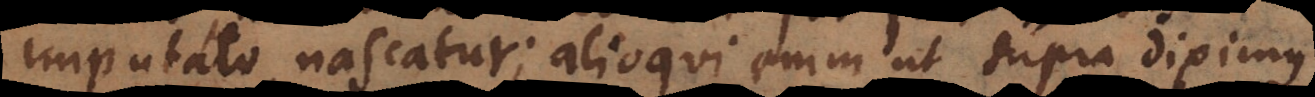
imputato, nascatur; alioqui enim, ut supra diximus,